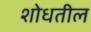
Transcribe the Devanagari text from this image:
शोधतील